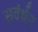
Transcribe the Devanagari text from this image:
सवंर्धन